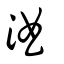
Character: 浀